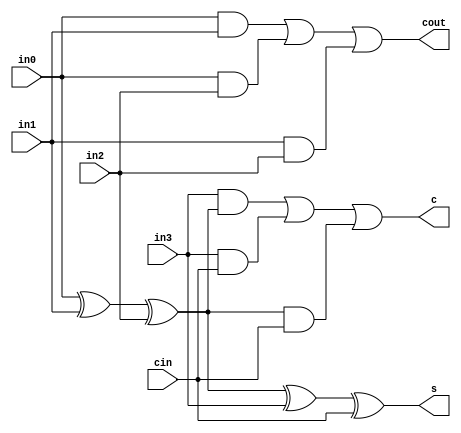
module cas42 #(parameter DW = 1) (
	input  [DW-1:0] in0 , // input 0
	input  [DW-1:0] in1 , // input 1
	input  [DW-1:0] in2 , // input 2
	input  [DW-1:0] in3 , // input 3
	input  [DW-1:0] cin , // carry in
	output [DW-1:0] s   , // sum
	output [DW-1:0] c   , // carry
	output [DW-1:0] cout  // carry out
);

	wire [DW-1:0] s_int;

	assign s     = in0 ^ in1 ^ in2 ^ in3 ^ cin;
	assign s_int = in0 ^ in1 ^ in2;
	assign c     = (in3 & s_int) | (in3 & cin) | (s_int & cin);
	assign cout  = (in0 & in1) | (in0 & in2) | (in1 & in2);

endmodule